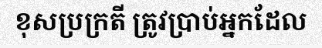
ខុសប្រក្រតី ត្រូវប្រាប់អ្នកដែល